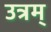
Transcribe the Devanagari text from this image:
उत्रम्